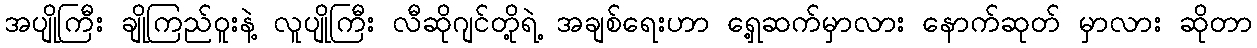
အပျိုကြီး ချိုကြည်ဝူးနဲ့ လူပျိုကြီး လီဆိုဂျင်တို့ရဲ့ အချစ်ရေးဟာ ရှေ့ဆက်မှာလား နောက်ဆုတ် မှာလား ဆိုတာ